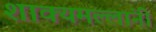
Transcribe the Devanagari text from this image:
शाक्यमल्लांनी